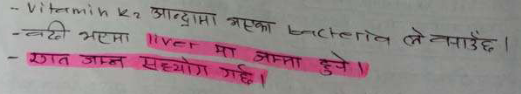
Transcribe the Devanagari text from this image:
- Vitamin k₂ आन्द्रामा भएको bacteria ले बनाउँछ।
- बढी भएमा liver मा जम्मा हुने।
- रगत जम्न सहयोग गर्छ।